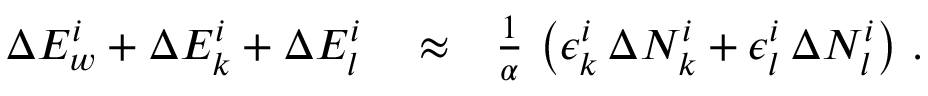
\begin{array} { r l r } { \Delta E _ { w } ^ { i } + \Delta E _ { k } ^ { i } + \Delta E _ { l } ^ { i } } & { { } \approx } & { \frac { 1 } { \alpha } \, \left( \epsilon _ { k } ^ { i } \, \Delta N _ { k } ^ { i } + \epsilon _ { l } ^ { i } \, \Delta N _ { l } ^ { i } \right) \, . } \end{array}